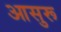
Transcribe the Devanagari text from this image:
आसुरू